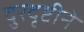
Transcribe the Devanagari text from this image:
दुरदृष्टीने